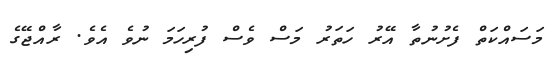
މަސައްކަތް ފެށުނުތާ އޭރު ހަތަރު މަސް ވެސް ފުރިހަމަ ނުވެ އެވެ. ރާއްޖޭގެ